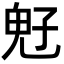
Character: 𩲇